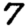
Digit: 7